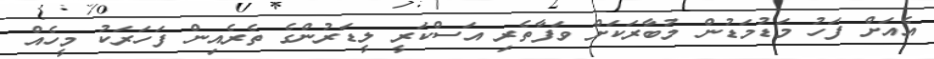
އެއަށް ފަހު މަޑުމަޑުން މުބާރަކަށް ވަފާތެރި އަސްކަރީ ލީޑަރުންގެ ތެރެއިން ފަހަރަކު މީހެއް